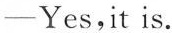
—Yes,it is.